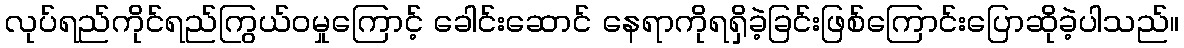
လုပ်ရည်ကိုင်ရည်ကြွယ်ဝမှုကြောင့် ခေါင်းဆောင် နေရာကိုရရှိခဲ့ခြင်းဖြစ်ကြောင်းပြောဆိုခဲ့ပါသည်။